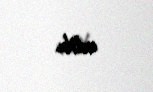
edib.